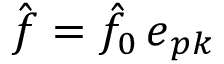
\hat { \boldsymbol { f } } = \hat { f } _ { 0 } \, \boldsymbol { e } _ { p \boldsymbol { k } }